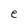
Character: e